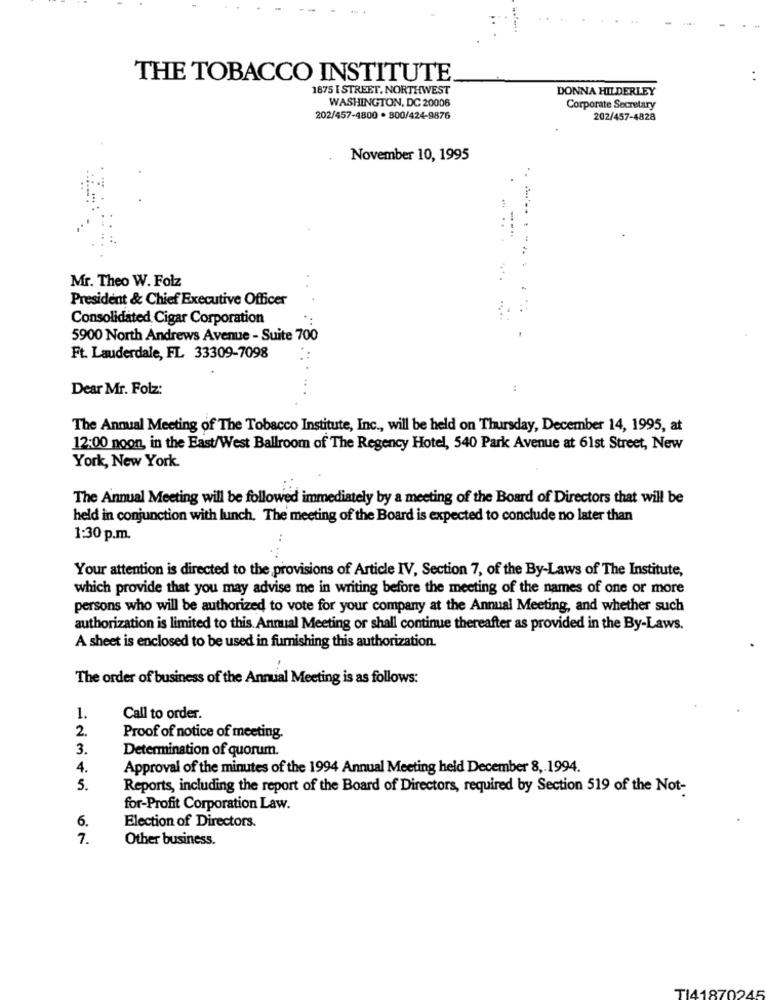
--
THE TOBACCO INSTITUTE
..
1875 I STREET, NORTHWEST
DONNA HILDERLEY
WASHINGTON, DC 20006
Corporate Secretary
202/457-4800 . 800/424-9876
202/457-4828
November 10, 1995
" ..
Mr. Theo W. Folz
President & Chief Executive Officer
Consolidated Cigar Corporation
5900 North Andrews Avenue - Suite 700
Ft. Lauderdale, FL 33309-7098
Dear Mr. Folz:
:
The Annual Meeting of The Tobacco Institute, Inc ., will be held on Thursday, December 14, 1995, at
12:00 noon, in the East/West Ballroom of The Regency Hotel, 540 Park Avenue at 61st Street, New
York, New York.
The Annual Meeting will be followed immediately by a meeting of the Board of Directors that will be
held in conjunction with lunch. The meeting of the Board is expected to conclude no later than
1:30 p.m.
Your attention is directed to the provisions of Article IV, Section 7, of the By-Laws of The Institute,
which provide that you may advise me in writing before the meeting of the names of one or more
persons who will be authorized to vote for your company at the Annual Meeting, and whether such
authorization is limited to this Annual Meeting or shall continue thereafter as provided in the By-Laws.
A sheet is enclosed to be used in furnishing this authorization.
The order of business of the Annual Meeting is as follows:
1.
Call to order.
2.
Proof of notice of meeting.
3.
Determination of quorum.
4.
Approval of the minutes of the 1994 Annual Meeting held December 8, 1994.
5.
Reports, including the report of the Board of Directors, required by Section 519 of the Not-
for-Profit Corporation Law.
6.
Election of Directors.
7.
Other business.
TI41870245